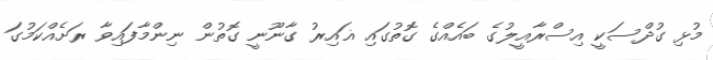
މުޅި ގުދްސަކީ އިސްރާއީލުގެ ބައެއްގެ ގޮތުގައި ޣައިރު ގާނޫނީ ގޮތުން ނިންމާފައިވާ ރަށެއްކަމުގަ